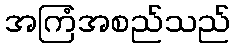
အကြံအစည်သည်